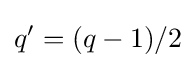
q'=(q-1)/2